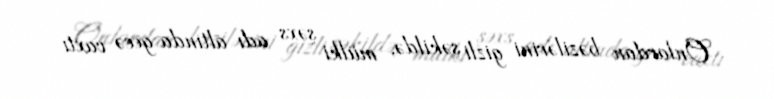
Onlardan bəzilərini gizli şəkildə, mülki şəxs adı altında gecə vaxtı